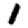
Digit: 1